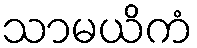
သာမယိကံ